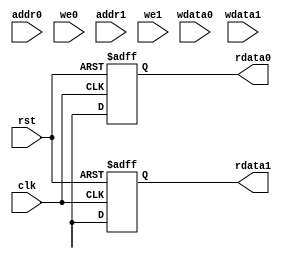
module USPM #(
    parameter ADDR_WIDTH = 8,  // Address width
    parameter DATA_WIDTH = 32,  // Data width
    parameter NUM_BLOCKS = 4,   // Number of memory blocks
    parameter BLOCK_SIZE = 256   // Size of each memory block
) (
    input wire clk,
    input wire rst,
    
    // Port 0
    input wire [ADDR_WIDTH-1:0] addr0,
    input wire [DATA_WIDTH-1:0] wdata0,
    input wire we0,  // Write enable
    output reg [DATA_WIDTH-1:0] rdata0, // Read data
    
    // Port 1
    input wire [ADDR_WIDTH-1:0] addr1,
    input wire [DATA_WIDTH-1:0] wdata1,
    input wire we1,  // Write enable
    output reg [DATA_WIDTH-1:0] rdata1  // Read data
    // Additional ports can be added similarly
);

// Memory array
reg [DATA_WIDTH-1:0] memory [0:NUM_BLOCKS-1][0:BLOCK_SIZE-1];

// Control logic
always @(posedge clk or posedge rst) begin
    if (rst) begin
        // Reset logic
        rdata0 <= 0;
        rdata1 <= 0;
    end else begin
        // Port 0 operations
        if (we0) begin
            memory[addr0[ADDR_WIDTH-1:BLOCK_SIZE]] [addr0[BLOCK_SIZE-1:0]] <= wdata0; // Write
        end
        rdata0 <= memory[addr0[ADDR_WIDTH-1:BLOCK_SIZE]] [addr0[BLOCK_SIZE-1:0]]; // Read

        // Port 1 operations
        if (we1) begin
            memory[addr1[ADDR_WIDTH-1:BLOCK_SIZE]] [addr1[BLOCK_SIZE-1:0]] <= wdata1; // Write
        end
        rdata1 <= memory[addr1[ADDR_WIDTH-1:BLOCK_SIZE]] [addr1[BLOCK_SIZE-1:0]]; // Read
    end
end

endmodule